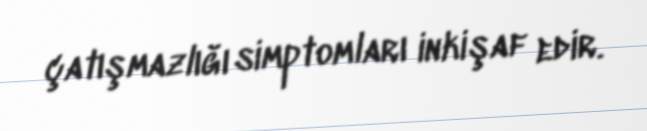
çatışmazlığı simptomları inkişaf edir.